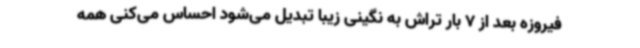
فیروزه بعد از 7 بار تراش به نگینی زیبا تبدیل می‌شود احساس می‌کنی همه